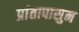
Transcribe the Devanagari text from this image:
प्रांतापासुन